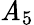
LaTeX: \mathit{A}_{5}